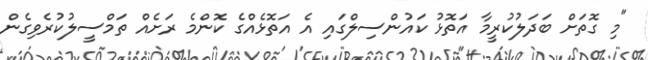
"މި ގޮތަށް ބަދަލުކުރީމާ އަތޮޅު ކައުންސިލްގައި އެ އަތޮޅެއްގެ ކޮންމެ ރަށެއް ތަމްސީލުކުރެވިގެން